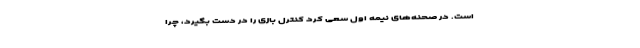
است. در صحنه‌های نیمه اول سعی کرد کنترل بازی را در دست بگیرد، چرا